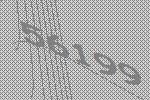
56199